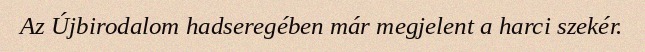
Az Újbirodalom hadseregében már megjelent a harci szekér.